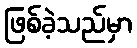
ဖြစ်ခဲ့သည်မှာ